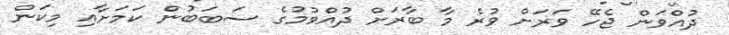
ދުއްވަން ޖެހޭ ވަރަށް ވުރެ މާ ބާރަށް ދުއްވުމުގެ ސަބަބުން ކަމަށާއި މިކަން